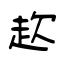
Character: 赼